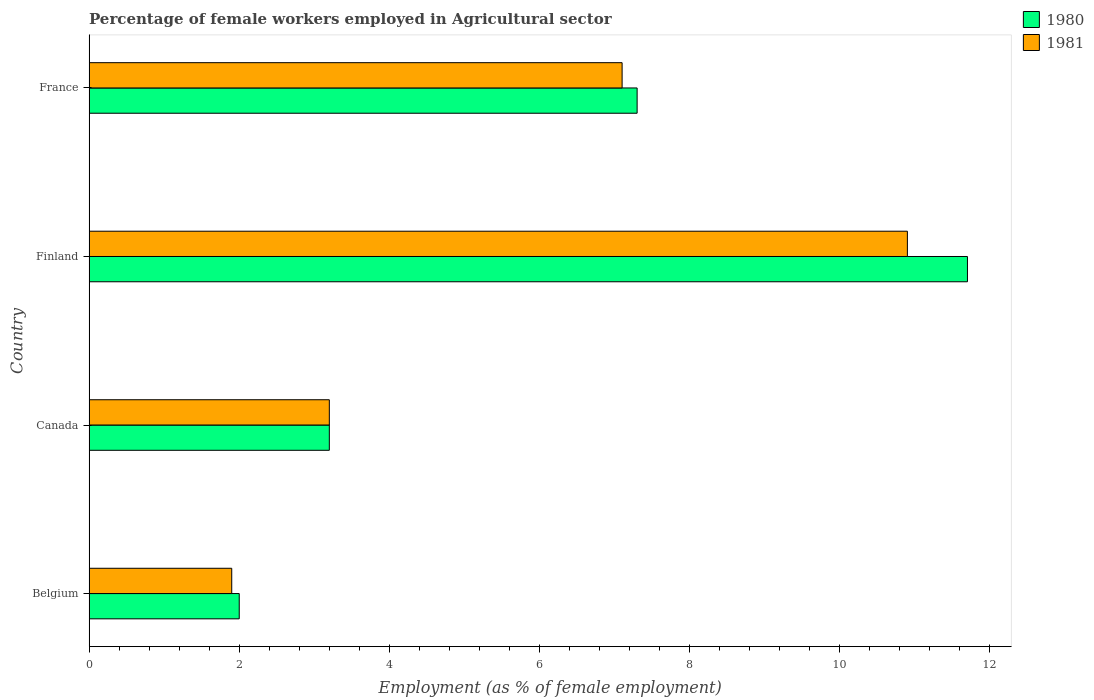
| Country | 1980 | 1981 |
 | --- | --- | --- |
 | Belgium | 2 | 1.9 |
 | Canada | 3.2 | 3.2 |
 | Finland | 11.7 | 10.9 |
 | France | 7.3 | 7.1 |